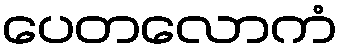
ပေတလောကံ